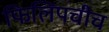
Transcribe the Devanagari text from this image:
फिलिपचीच